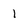
Character: 1